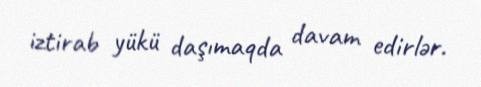
iztirab yükü daşımaqda davam edirlər.